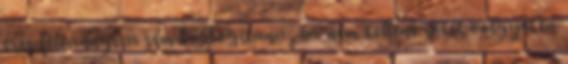
érés feleannyira sem boldogítana, ha nem kellene sötét völgyeken